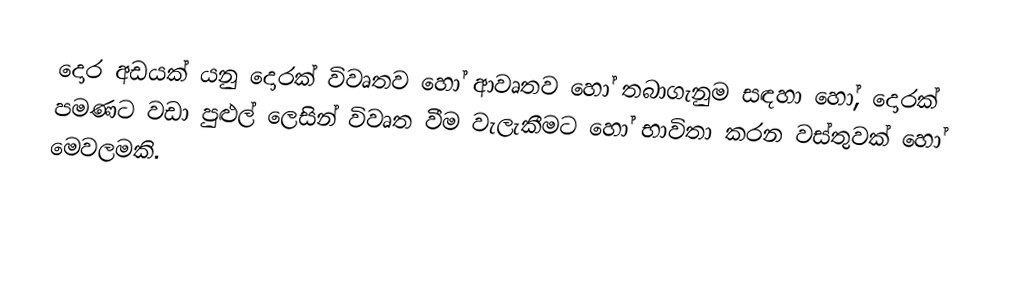
දොර අඩයක් යනු දොරක් විවෘතව හෝ ආවෘතව හෝ තබාගැනුම සඳහා හෝ, දොරක් පමණට වඩා පුළුල් ලෙසින් විවෘත වීම වැලැකීමට හෝ භාවිතා කරන වස්තුවක් හෝ මෙවලමකි.